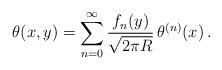
LaTeX: \begin{align*}\theta(x,y) = \sum_{n=0}^\infty \frac{f_n(y)}{\sqrt{2\pi R}}\,\theta^{(n)}(x) \, .\end{align*}